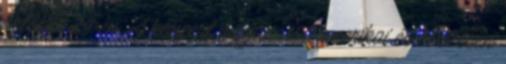
október 29-én. A koncert napján 450 amerikai és összesen